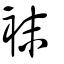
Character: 袜